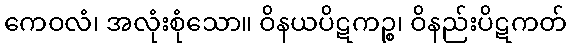
ကေဝလံ၊ အလုံးစုံသော။ ဝိနယပိဋကဉ္စ၊ ဝိနည်းပိဋကတ်